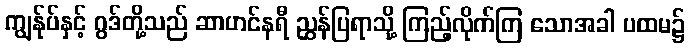
ကျွန်ုပ်နှင့် ဂွဒ်တို့သည် ဆာဟင်နရီ ညွှန်ပြရာသို့ ကြည့်လိုက်ကြ သောအခါ ပထမ၌